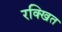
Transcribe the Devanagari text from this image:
रक्खित